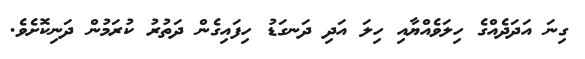
ގިނަ އަދަދެއްގެ ހިލަވެއްޔާއި ހިލަ އަދި ދަނގަޑު ހިފައިގެން ދަތުރު ކުރަމުން ދަނިކޮށެވެ.